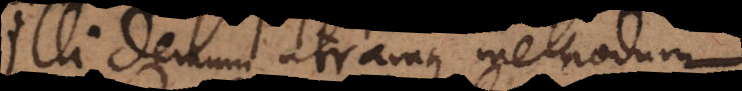
Illi demum utramque methodum